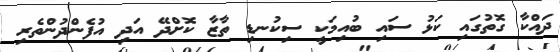
ދައްކާ ގޮތުގައި ކަޅު ސައި ބުއިމަކީ ސިކުނޑި ތާޒާ ކޮށްދޭ އަދި އުފެންދުންތެރި